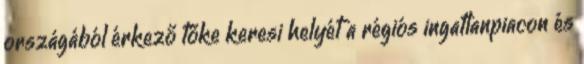
országából érkező tőke keresi helyét a régiós ingatlanpiacon és